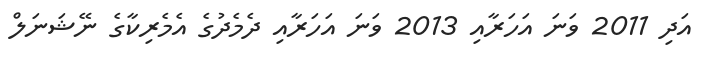
އަދި 2011 ވަނަ އަހަރާއި 2013 ވަނަ އަހަރާއި ދެމެދުގެ އެމެރިކާގެ ނޭޝަނަލް